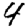
Digit: 4